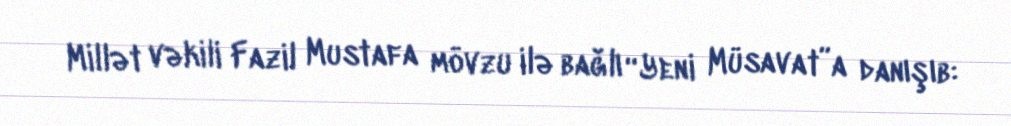
Millət vəkili Fazil Mustafa mövzu ilə bağlı “Yeni Müsavat”a danışıb: